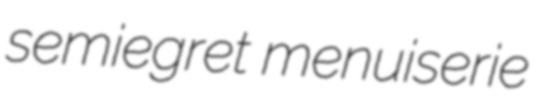
semiegret menuiserie